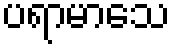
ပရာမာသေ